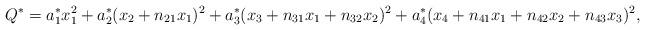
LaTeX: \begin{align*}Q^{*} = a_{1}^{*} x_{1}^{2} + a_{2}^{*} (x_{2} + n_{21} x_{1})^{2}+ a_{3}^{*} (x_{3} + n_{31} x_{1} + n_{32} x_{2})^{2} + a_{4}^{*} (x_{4} + n_{41} x_{1} + n_{42} x_{2} + n_{43} x_{3})^{2},\end{align*}